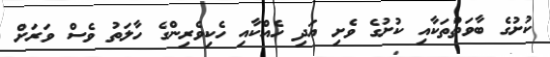
ކުށުގެ ބާވަތްތަކާއި ކުށުގެ ވެށި އަދި ހެއްކާއި ހެކިވެރިންގެ ހާލަތު ވެސް ވަރަށް